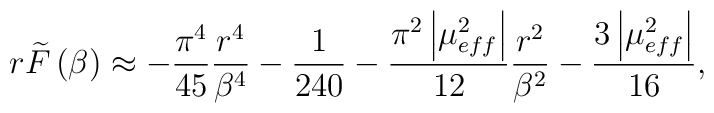
r\widetilde{F}\left(\beta \right)\approx -\frac{\pi ^{4}}{45}\frac{r^{4}}{\beta ^{4}}-\frac{1}{240}-\frac{\pi ^{2}\left|\mu _{eff}^{2}\right|}{12}\frac{r^{2}}{\beta ^{2}}-\frac{3\left|\mu _{eff}^{2}\right|}{16},